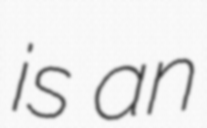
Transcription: is an